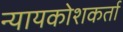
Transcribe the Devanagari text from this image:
न्यायकोशकर्ता